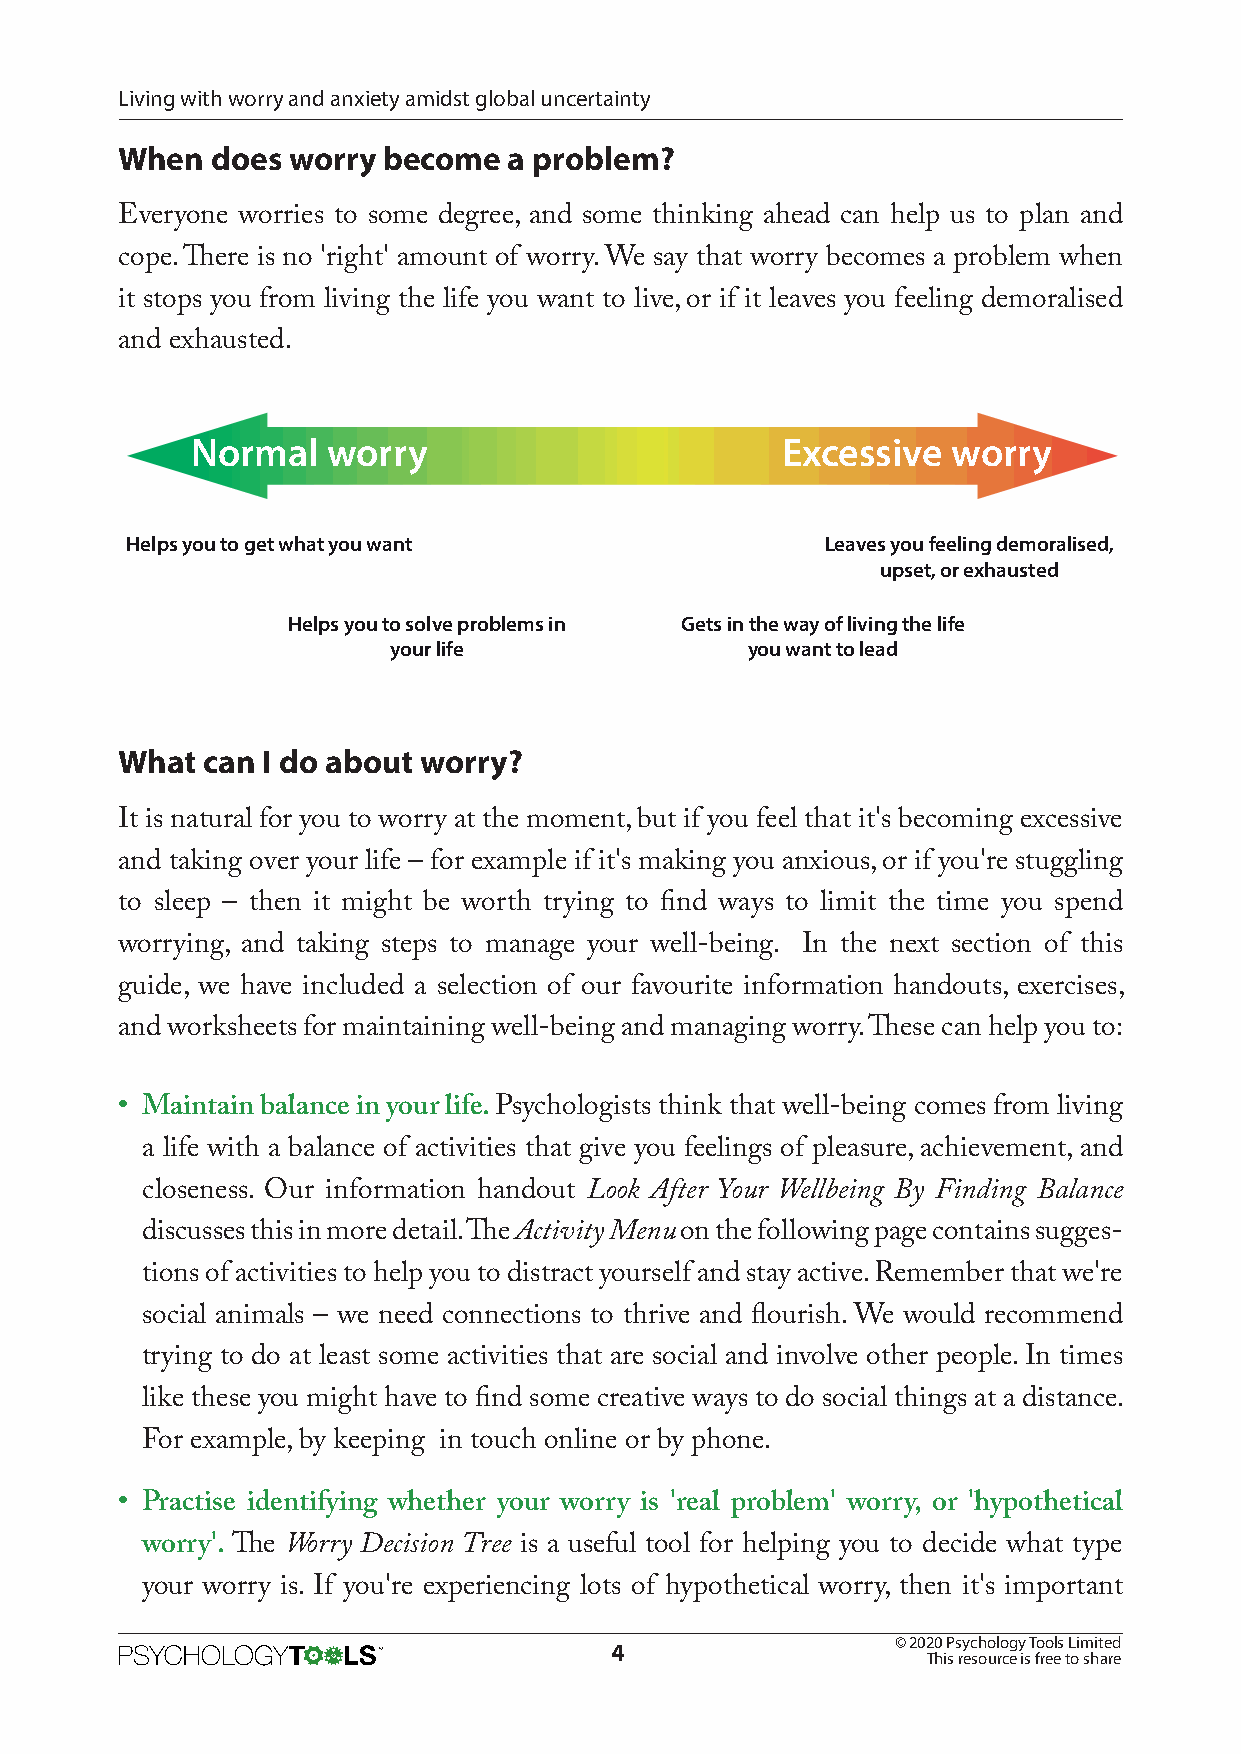
Living with worry and anxiety amidst global uncertainty
 When  does worry become   a problem?
 Everyone worries to some degree, and some thinking ahead can help us to plan and
 cope. There is no 'right' amount of worry. We say that worry becomes a problem when
 it stops you from living the life you want to live, or if it leaves you feeling demoralised
 and exhausted.
 Normal   worry                         Excessive  worry
 Helps you to get what you want                 Leaves you feeling demoralised,
 upset, or exhausted
 Helps you to solve problems in Gets in the way of living the life
 your life              you want to lead
 What can I do about worry?
 It is natural for you to worry at the moment, but if you feel that it's becoming excessive
 and taking over your life – for example if it's making you anxious, or if you're stuggling
 to sleep – then it might be worth trying to find ways to limit the time you spend
 worrying, and taking steps to manage your well-being. In the next section of this
 guide, we have included a selection of our favourite information handouts, exercises,
 and worksheets for maintaining well-being and managing worry. These can help you to:
 • Maintain balance in your life. Psychologists think that well-being comes from living
 a life with a balance of activities that give you feelings of pleasure, achievement, and
 closeness. Our information handout Look After Your Wellbeing By Finding Balance
 discusses this in more detail. The Activity Menu on the following page contains sugges-
 tions of activities to help you to distract yourself and stay active. Remember that we're
 social animals – we need connections to thrive and flourish. We would recommend
 trying to do at least some activities that are social and involve other people. In times
 like these you might have to find some creative ways to do social things at a distance.
 For example, by keeping in touch online or by phone.
 • Practise identifying whether your worry is 'real problem' worry, or 'hypothetical
 worry'. The Worry Decision Tree is a useful tool for helping you to decide what type
 your worry is. If you're experiencing lots of hypothetical worry, then it's important
 © 2020 Psychology Tools Limited
 4
 This resource is free to share